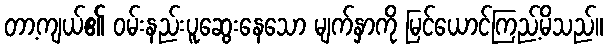
တာ့ကျယ်၏ ဝမ်းနည်းပူဆွေးနေသော မျက်နှာကို မြင်ယောင်ကြည့်မိသည်။